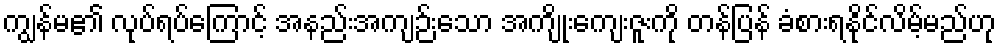
ကျွန်မ၏ လုပ်ရပ်ကြောင့် အနည်းအကျဉ်းသော အကျိုးကျေးဇူးကို တန်ပြန် ခံစားရနိုင်လိမ့်မည်ဟု